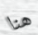
هنا